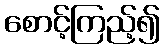
စောင့်ကြည့်၍